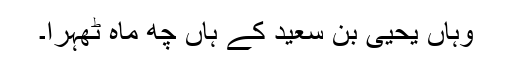
وہاں یحییٰ بن سعید کے ہاں چھ ماہ ٹھہرا۔